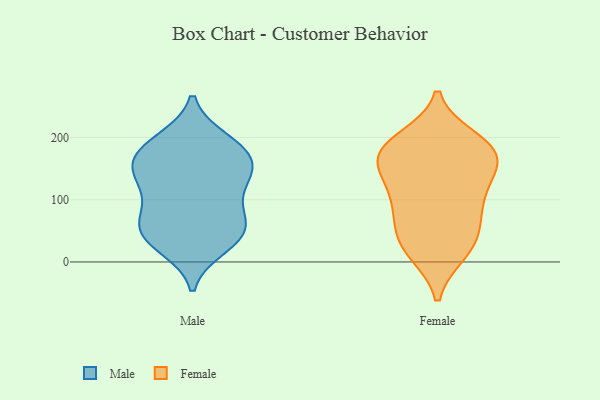
{"axis": {"x": "Budget (USD K)", "y": "Value"}, "legend": ["Female", "Male"], "data": [{"x": "", "y": 195, "type": "Male"}, {"x": "", "y": 115, "type": "Male"}, {"x": "", "y": 175, "type": "Male"}, {"x": "", "y": 36, "type": "Male"}, {"x": "", "y": 63, "type": "Male"}, {"x": "", "y": 146, "type": "Male"}, {"x": "", "y": 140, "type": "Male"}, {"x": "", "y": 154, "type": "Male"}, {"x": "", "y": 50, "type": "Male"}, {"x": "", "y": 179, "type": "Male"}, {"x": "", "y": 68, "type": "Male"}, {"x": "", "y": 95, "type": "Male"}, {"x": "", "y": 162, "type": "Male"}, {"x": "", "y": 196, "type": "Male"}, {"x": "", "y": 131, "type": "Male"}, {"x": "", "y": 24, "type": "Male"}, {"x": "", "y": 61, "type": "Male"}, {"x": "", "y": 34, "type": "Male"}, {"x": "", "y": 26, "type": "Female"}, {"x": "", "y": 169, "type": "Female"}, {"x": "", "y": 126, "type": "Female"}, {"x": "", "y": 171, "type": "Female"}, {"x": "", "y": 197, "type": "Female"}, {"x": "", "y": 157, "type": "Female"}, {"x": "", "y": 15, "type": "Female"}, {"x": "", "y": 178, "type": "Female"}, {"x": "", "y": 143, "type": "Female"}, {"x": "", "y": 82, "type": "Female"}, {"x": "", "y": 104, "type": "Female"}, {"x": "", "y": 190, "type": "Female"}, {"x": "", "y": 18, "type": "Female"}, {"x": "", "y": 54, "type": "Female"}, {"x": "", "y": 102, "type": "Female"}, {"x": "", "y": 57, "type": "Female"}, {"x": "", "y": 182, "type": "Female"}]}